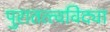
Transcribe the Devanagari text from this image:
पुरातत्त्वविद्या